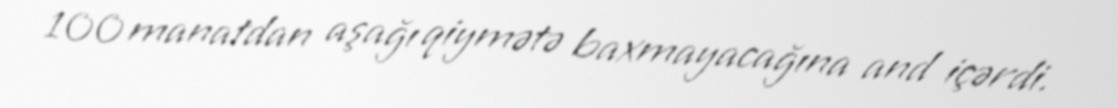
100 manatdan aşağı qiymətə baxmayacağına and içərdi.